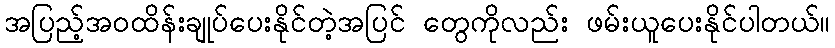
အပြည့်အဝထိန်းချုပ်ပေးနိုင်တဲ့အပြင် တွေကိုလည်း ဖမ်းယူပေးနိုင်ပါတယ်။